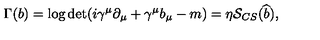
\Gamma ( b ) = \log \det ( i \gamma ^ { \mu } \partial _ { \mu } + \gamma ^ { \mu } b _ { \mu } - m ) = \eta { \cal S } _ { C S } ( \widehat { b } ) ,